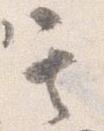
其